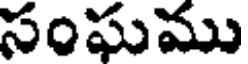
సంఘము